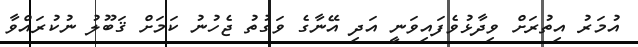
އުމަރު އިތުރަށް ވިދާޅުވެފައިވަނީ އަދި އޭނާގެ ވަގުތު ޖެހުނު ކަމަށް ޤަބޫލު ނުކުރައްވާ